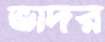
ভাদর